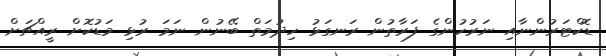
ޑޮކްޓަރުންނާއި ނަރުހުންގެ ފަރާތުން ރަނގަޅު ހިދުމަތް ބޭނުން ނަމަ ރުޅި މަޑުކޮށް ރީއްޗަށް